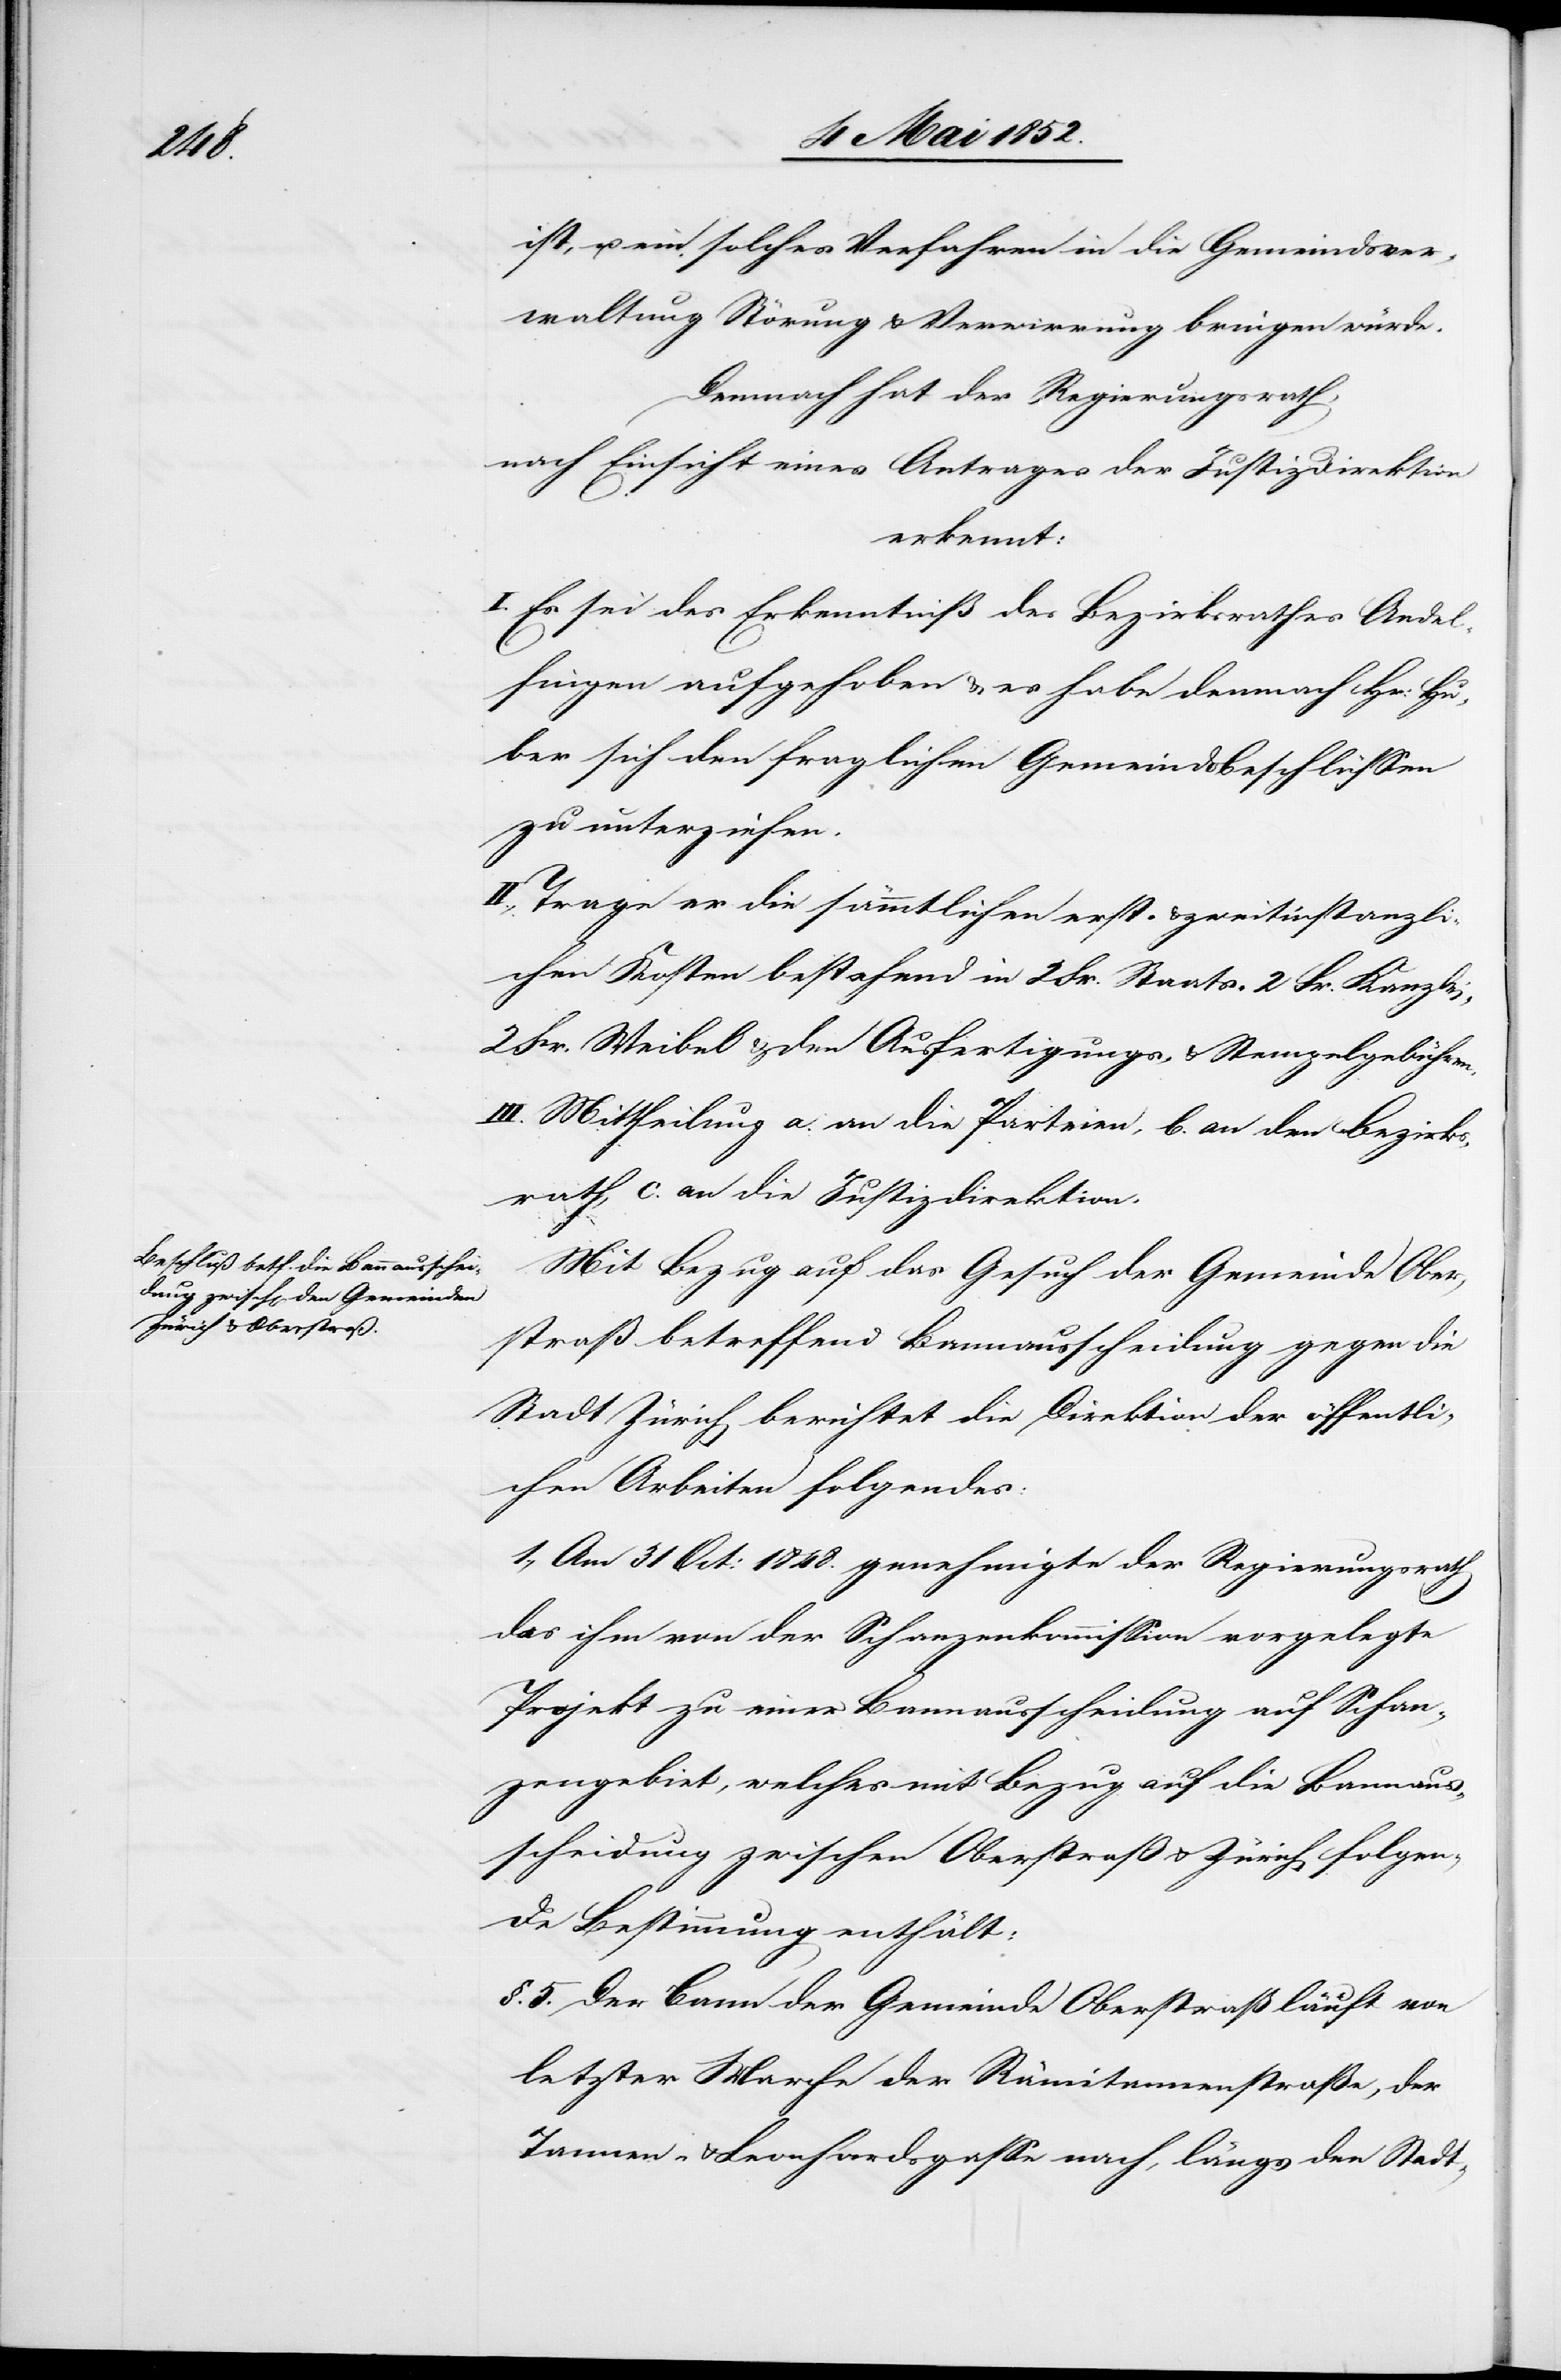
Andel¬

ist, u. ein solches Verfahren in die Gemeindsver¬
waltung Störung & Verwirrung bringen würde.
Demnach hat der Regierungsrath,
nach Einsicht eines Antrages der Justizdirektion
erkennt:
fingen aufgehoben & es habe demnach Hr: Hu¬
ber sich den fraglichen Gemeindsbeschlüssen
zu unterziehen.
II., Trage er die sämmtlichen erst- & zweitinstanzli¬
chen Kosten bestehend in 2 Fr. Staats-[,] 2 Fr. Kanzlei-[,]
2 Fr. Weibel[-] & den Ausfertigungs- & Stempelgebühren.
III. Mittheilung a. an die Parteien, b. an den Bezirks¬
rath, c. an die Justizdirektion.
Mit Bezug auf das Gesuch der Gemeinde Ober¬
straß betreffend Bannausscheidung gegen die
Stadt Zürich berichtet die Direktion der öffentli¬
chen Arbeiten folgendes:
1., Am 31 Oct: 1848. genehmigte der Regierungsrath
das ihm von der Schanzenkommission vorgelegte
Projekt zu einer Bannausscheidung auf Schan¬
zengebiet, welches mit Bezug auf die Bannaus¬
scheidung zwischen Oberstraß & Zürich folgen¬
de Bestimmung enthält:
§. 5. Der Bann der Gemeinde Oberstraß läuft von
letzter Marche der Rämitannenstraße, der
Tannen- & Leonhardsgasse nach, längs den Stadt-